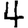
Digit: 4